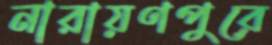
নারায়ণপুরে